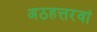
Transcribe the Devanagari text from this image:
अठहत्तरवां